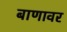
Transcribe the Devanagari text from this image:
बाणावर